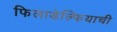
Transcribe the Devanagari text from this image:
फिलाडेल्फियाची